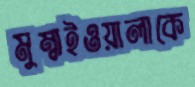
মুম্বাইওয়ালাকে